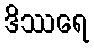
ဒိဿရေ